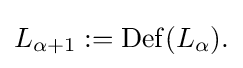
{\textstyle L_{\alpha +1}:=\operatorname {Def} (L_{\alpha }).}